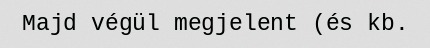
Majd végül megjelent (és kb.